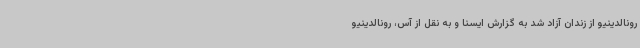
رونالدینیو از زندان آزاد شد به گزارش ایسنا و به نقل از آس، رونالدینیو